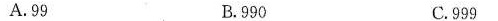
A.99 B.990 C.999